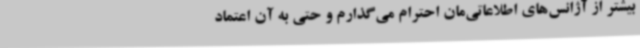
بیشتر از آژانس‌های اطلاعاتی‌مان احترام می‌گذارم و حتی به آن اعتماد